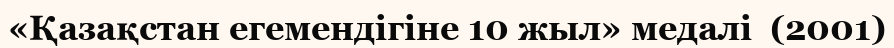
«Қазақстан егемендігіне 10 жыл» медалі  (2001)